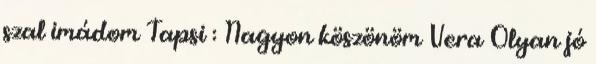
szal imádom Tapsi : Nagyon köszönöm Vera Olyan jó